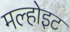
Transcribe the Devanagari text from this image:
मल्होइट